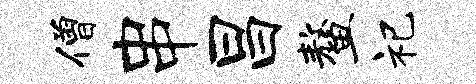
僧串昌鳌祀